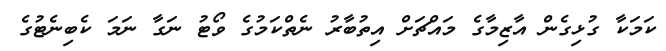
ކަމަކާ ގުޅިގެން އާޒިމާގެ މައްޗަށް އިތުބާރު ނެތްކަމުގެ ވޯޓު ނަގާ ނަމަ ކެބިނެޓުގެ